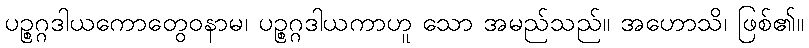
ပဉ္စဂ္ဂဒါယကောတွေဝနာမ၊ ပဉ္စဂ္ဂဒါယကာဟူ သော အမည်သည်။ အဟောသိ၊ ဖြစ်၏။